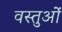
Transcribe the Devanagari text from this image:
वस्तुओें